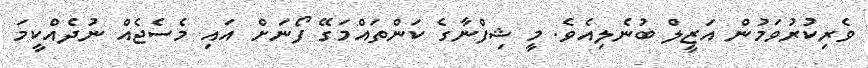
ވެރިކުރުވަމުން އަޒީލް ބުނެލިއެވެ. މީ ޝިފްނާގެ ކަންތައްމަގޭ ފޯނަށް އައި މެސެޖެއް ނުދެެއްކީމަ